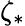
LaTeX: \zeta_{*}